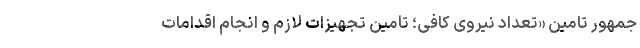
جمهور تامین «تعداد نیروی کافی؛ تامین تجهیزات لازم و انجام اقدامات